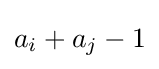
a_{i}+a_{j}-1